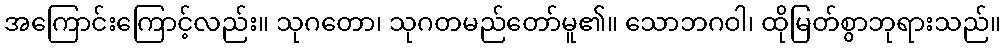
အကြောင်းကြောင့်လည်း။ သုဂတော၊ သုဂတမည်တော်မူ၏။ သောဘဂဝါ၊ ထိုမြတ်စွာဘုရားသည်။